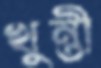
খুন্তী